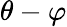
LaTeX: \theta-\varphi